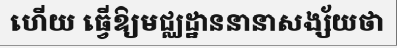
ហើយ ធ្វើឱ្យមជ្ឈដ្ឋាននានាសង្ស័យថា